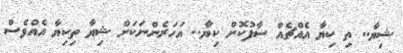
ޝިޔާ.. ތި ކިޔާ އެއްޗެއް ސާފުކޮށް ކިޔާ.. އަހަރެންނަކަށް ޝިޔާ ތިކިޔާ އެއްވެސް